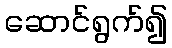
ဆောင်ရွက်၍